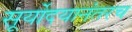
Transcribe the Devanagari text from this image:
सूर्योदयानंतरच